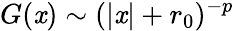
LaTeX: G(\mathit{x})\sim(|\mathit{x}|+r_{0})^{-p}